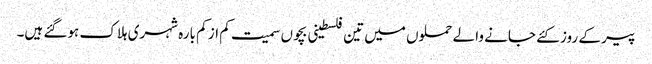
پیر کے روز کئے جانے والے حملوں میں تین فلسطینی بچوں سمیت کم از کم بارہ شہری ہلاک ہوگئے ہیں۔